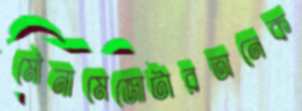
মৌনামেজোটারঅনেক